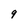
Character: 9